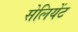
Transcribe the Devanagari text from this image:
सेलियेंट